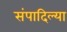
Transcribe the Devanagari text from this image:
संपादिल्या